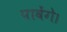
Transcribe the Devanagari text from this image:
पावेंगे।